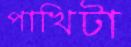
পাখিটা